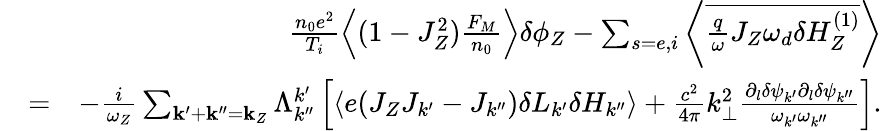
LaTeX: \begin{array}{rlr}&{}&{\frac{n_{0}e^{2}}{T_{i}}\left\langle(1-J_{Z}^{2})\frac{F_{M}}{n_{0}}\right\rangle\delta\phi_{Z}-\sum_{s=e,i}\left\langle\overline{{\frac{q}{\omega}J_{Z}\omega_{d}\delta H_{Z}^{(1)}}}\right\rangle}\\ &{=}&{-\frac{i}{\omega_{Z}}\sum_{\mathbf{k}^{\prime}+\mathbf{k}^{\prime\prime}=\mathbf{k}_{Z}}\Lambda_{k^{\prime\prime}}^{k^{\prime}}\left[\left\langle e(J_{Z}J_{k^{\prime}}-J_{k^{\prime\prime}})\delta L_{k^{\prime}}\delta H_{k^{\prime\prime}}\right\rangle+\frac{c^{2}}{4\pi}k_{\perp}^{2}\frac{\partial_{l}\delta\psi_{k^{\prime}}\partial_{l}\delta\psi_{k^{\prime\prime}}}{\omega_{k^{\prime}}\omega_{k^{\prime\prime}}}\right].}\end{array}